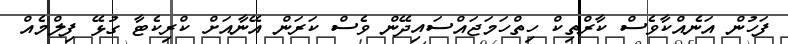
ފަހުން އަނެއްކާވެސް ކާރްތިކް ހިތްހަމަޖައްސައިދޭން ވެސް ކަރަން އޭނާއަށް ކްރިކެޓާ ގުޅޭ ފިލްމެއް